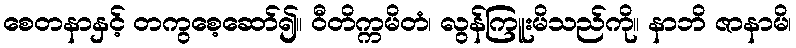
စေတနာနှင့် တကွစေ့ဆော်၍။ ဝီတိက္ကမိတံ၊ လွန်ကြူးမိသည်ကို။ နာဘိ ဇာနာမိ၊